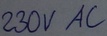
Text: 230V AC